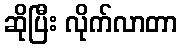
ဆိုပြီး လိုက်လာတာ